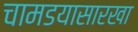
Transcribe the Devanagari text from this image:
चामडयासारखा